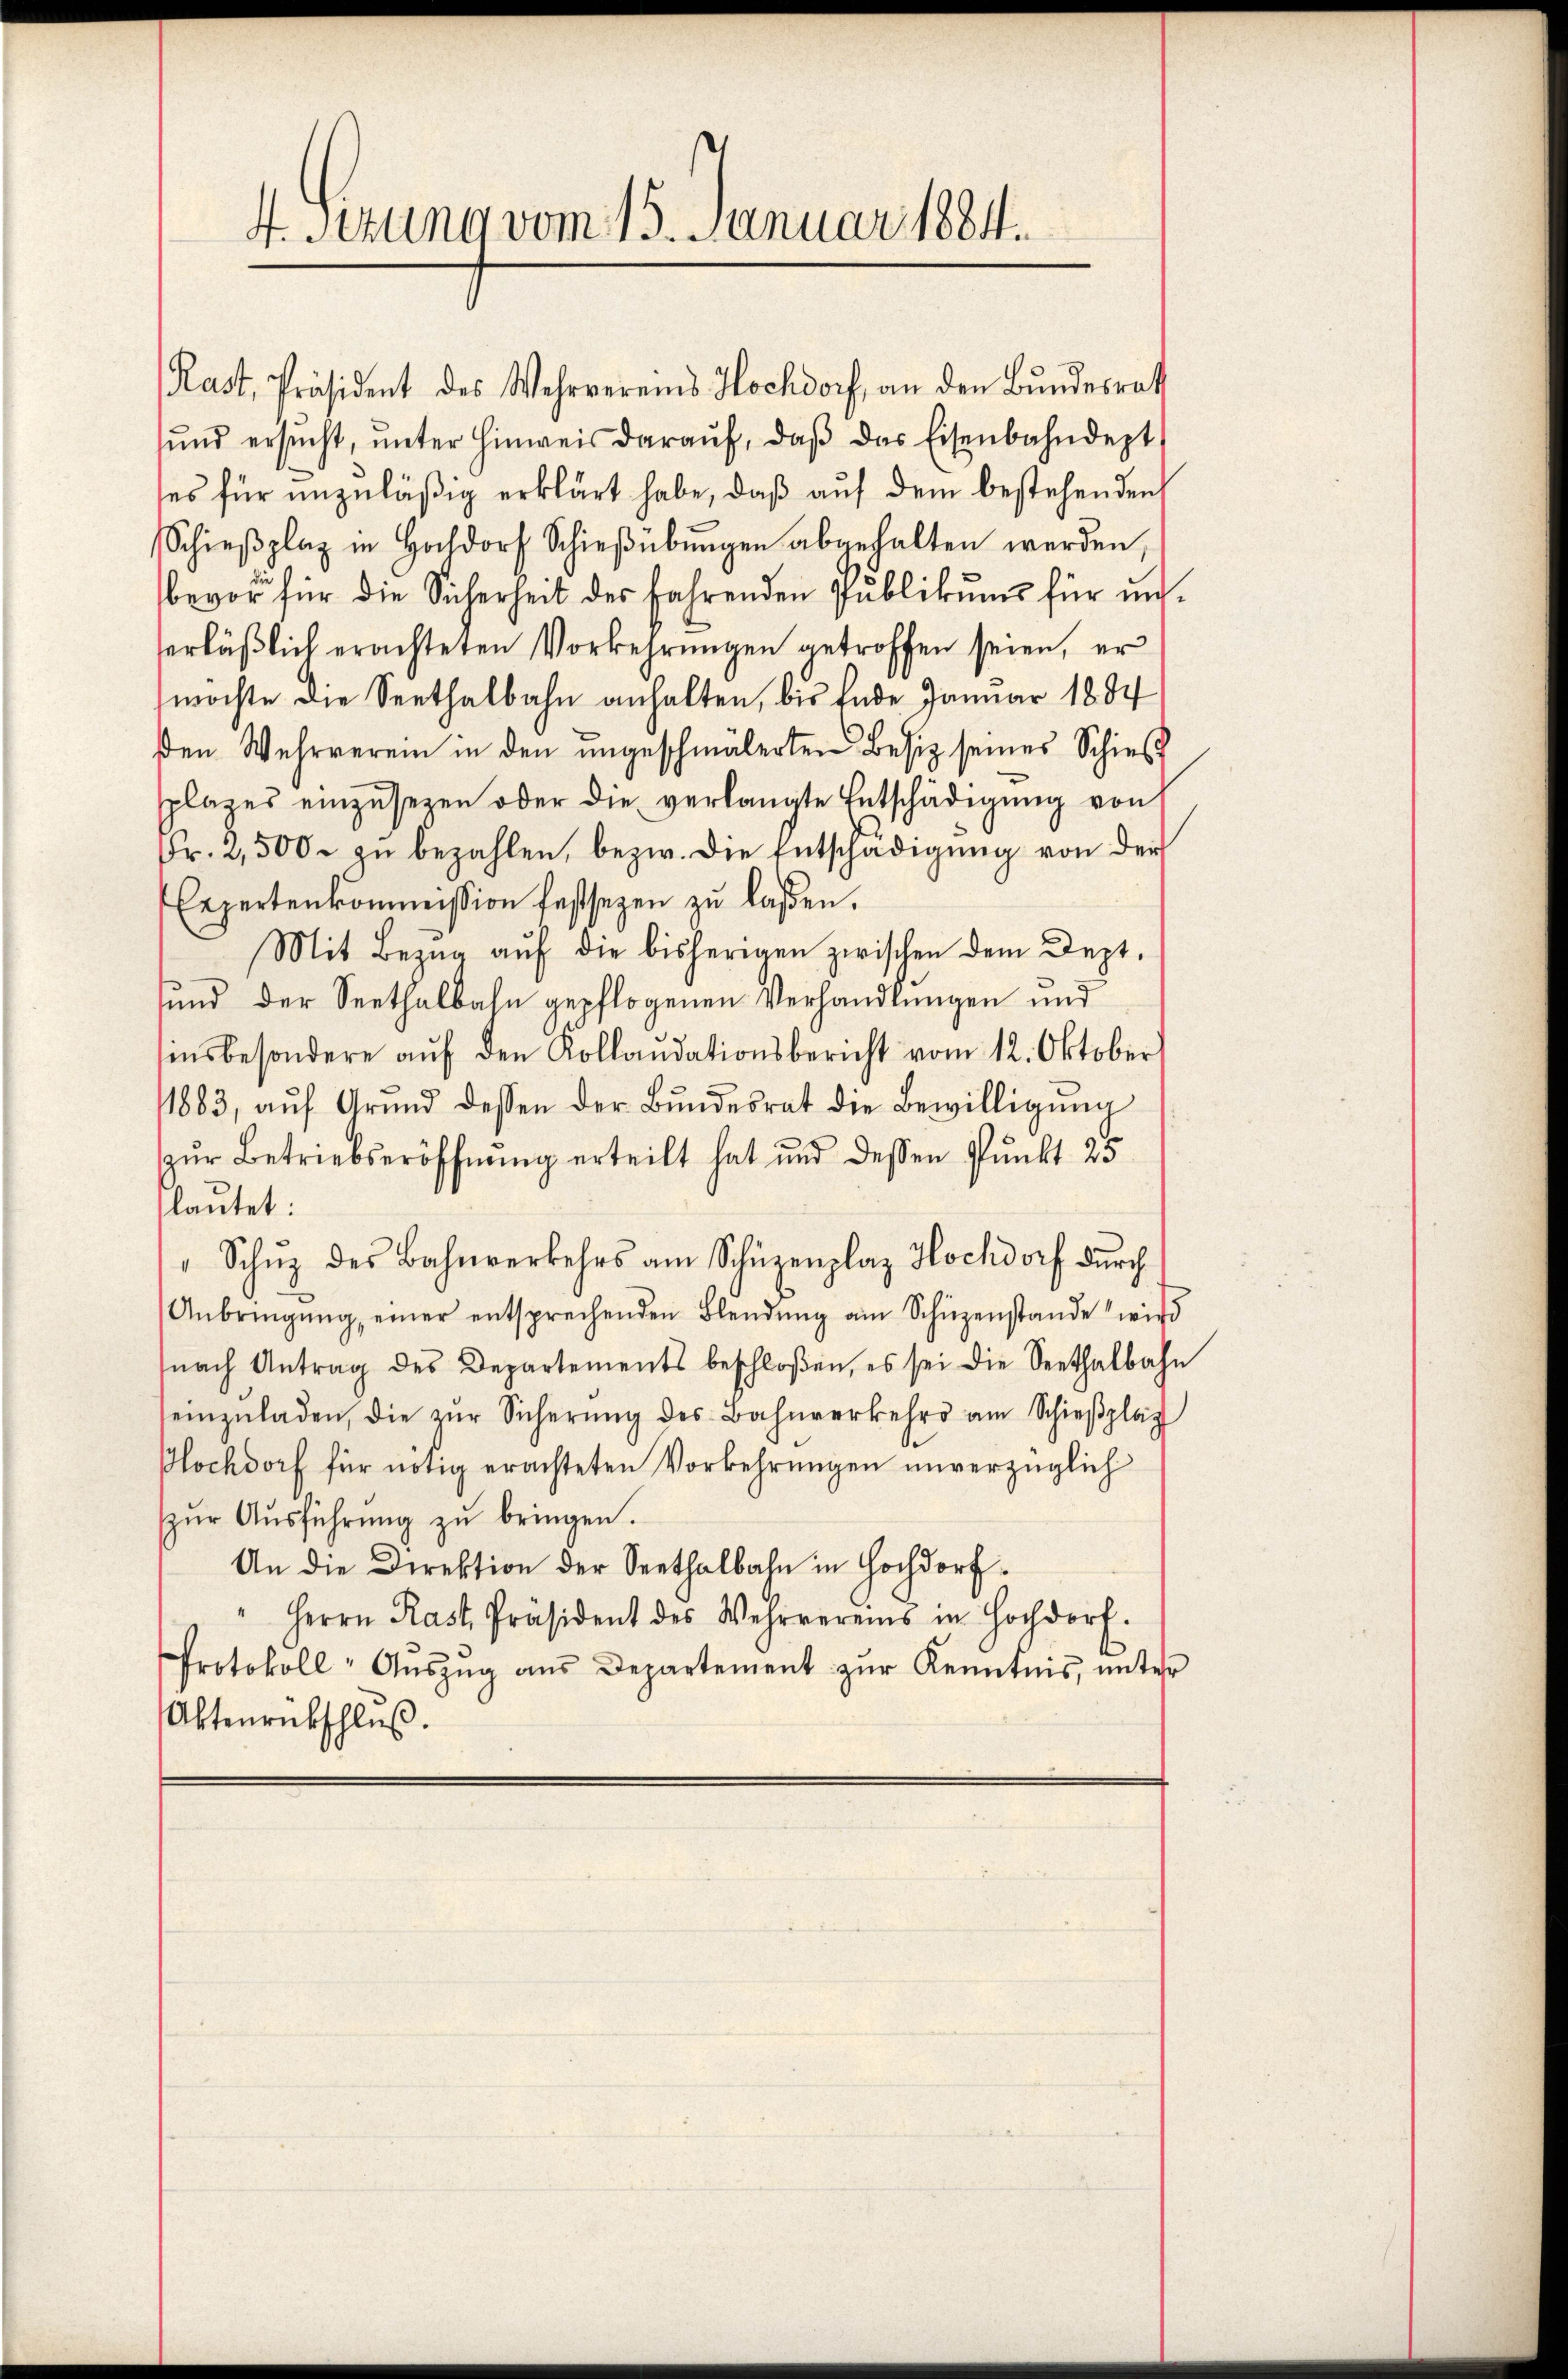
4. sezung vom 15. Januar 1884.

Kast, Präsident des Wehrvereins Hochdorf, an den Bundesrath
ŭnd ersŭcht, ŭnter Hinweis daraŭf, daβ das Eisenbahndept
ses für unzuläßig erklärt habe, daß auf dem bestehenden
Schieβplaz in Hochdorf Schieβübŭngen abgehalten werden,
bevor für die Sicherheit des fahrenden Pŭblikŭm für uns
erläßlich erachteten Vorkehrungen getroffen seien, er
möchte die Seethalbahn anhalten, bis Ende Januar 1884
ßen Wehrverein in den ungeschmälerten Besiz seines Schieß
plages einzusetzen oder die verlangte Entschädigung von
Fr. 2,500. zŭ bezahlen, bezw. die Entschädigŭng von der
Expertenkommission festsezen zu laßen.
Mit Bezug auf die bisherigen zwischen dem Dept.
sund der Seethalbahn gepflogenen Verhandlungen und
ensbesondere aŭf den Kollaudationsbericht vom 12. Oktober
1883, aŭf Grund dessen der Bŭndesrat die Bewilligŭng
zŭr Betriebseröffnung erteilt hat und dessen Punkt 25
lautet:
" Schŭz des Bahnverkehrs am Schüzenplaz Hochdorf dŭrch
Anbringŭng einer entsprechenden Blendŭng am Schüzenstande wird
nach Antrag des Departements beschloßen, es sei die Seethalbahn
einzŭladen, die zŭr Sicherŭng des Bahnverkehr am Schieβplag
Hochdorf für nötig erachteten Vorkehrŭngen unverzüglich
zŭr Aŭsführŭng zŭ bringen.
An die Direktion der Seethalbahn in Hochdorf
" Herrn Rast. Präsident des Wehrvereins in Hochdorf.
Protokoll- Aŭszŭg aŭs Departement zŭr Kenntnis, ŭnter
Aktenrückschluß.